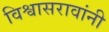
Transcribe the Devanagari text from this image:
विश्वासरावांनी